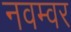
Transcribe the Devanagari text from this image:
नवम्‍वर